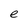
Character: e